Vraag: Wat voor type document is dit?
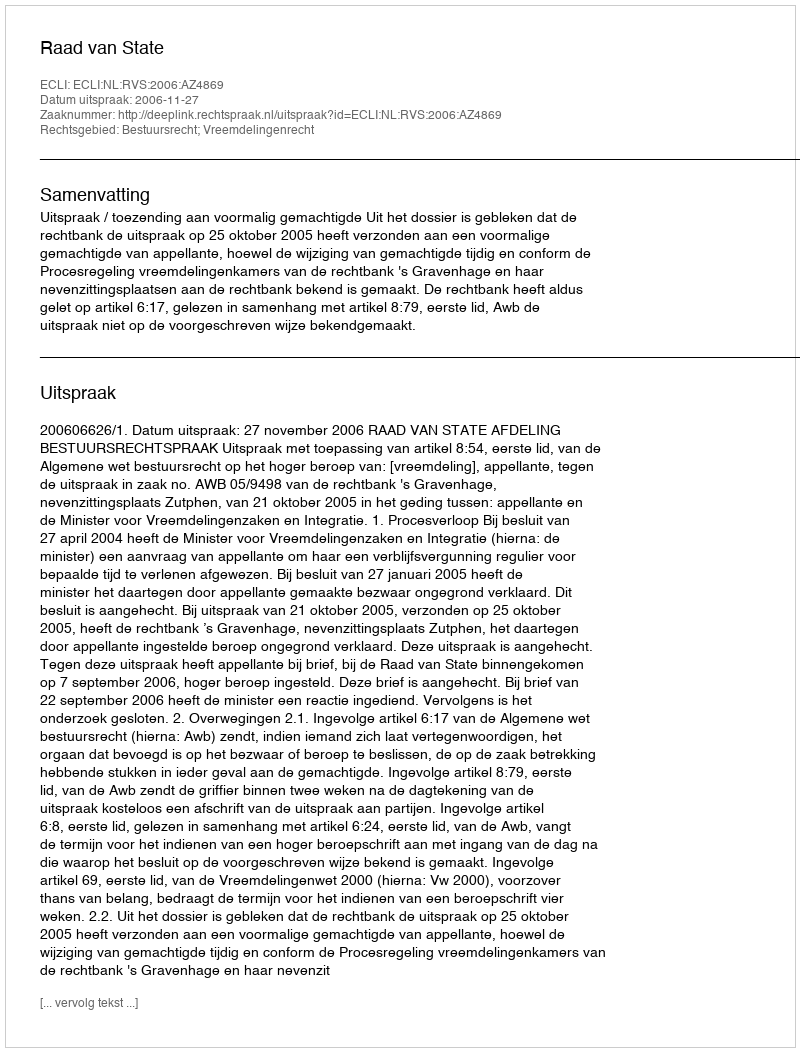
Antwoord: Uitspraak